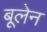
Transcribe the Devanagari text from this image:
बूलेन